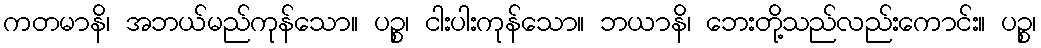
ကတမာနိ၊ အဘယ်မည်ကုန်သော။ ပဉ္စ၊ ငါးပါးကုန်သော။ ဘယာနိ၊ ဘေးတို့သည်လည်းကောင်း။ ပဉ္စ၊